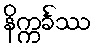
နိက္ကင်္ခဿ